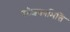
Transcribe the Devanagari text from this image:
कोशकाभित्ति